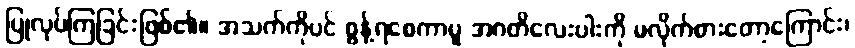
ပြုလုပ်ကြခြင်းဖြစ်၏။ အသက်ကိုပင် စွန့်ရစေကာမူ အဂတိလေးပါးကို မလိုက်စားတော့ကြောင်း၊